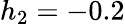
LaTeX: h_{2}=-0.2